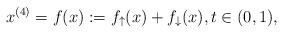
LaTeX: \begin{align*}x^{(4)} =f(x):=f_\uparrow(x)+f_\downarrow(x), t\in(0,1),\end{align*}